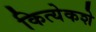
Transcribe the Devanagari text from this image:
कित्येकशे